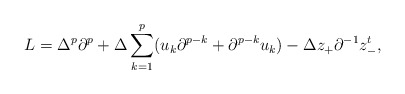
\begin{align*}L=\Delta^p\partial^p+\Delta\sum_{k=1}^p(u_k\partial^{p-k}+\partial^{p-k}u_k)-\Delta z_+\partial^{-1}z_-^t,\end{align*}